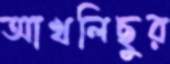
আখলিছুর